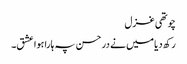
چوتھی غزل
رکھ دیا میں نے در حسن پہ ہارا ہوا عشق۔